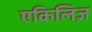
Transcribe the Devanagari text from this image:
एकिलिज़